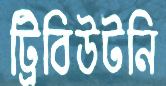
ট্রিবিউটনি